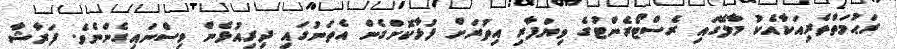
ރަޙުމަތްތެރިއަކާއެކު މާލޭގައި ރެސްޓޯރެންޓުގެ ވިޔަފާރި އިތުރަށް ފުޅާކޮށްގެން އެތަނުގައި ދިރިއުޅެން ވިސްނައިގެންނެވެ. ފަރާޝާ